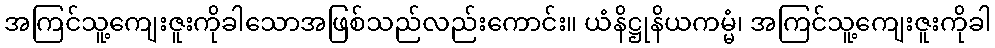
အကြင်သူ့ကျေးဇူးကိုခါသောအဖြစ်သည်လည်းကောင်း။ ယံနိဋ္ဌုနိယကမ္မံ၊ အကြင်သူ့ကျေးဇူးကိုခါ